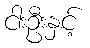
ငါးဦးနှင့်